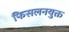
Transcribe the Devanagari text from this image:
फिसलनयुक्त